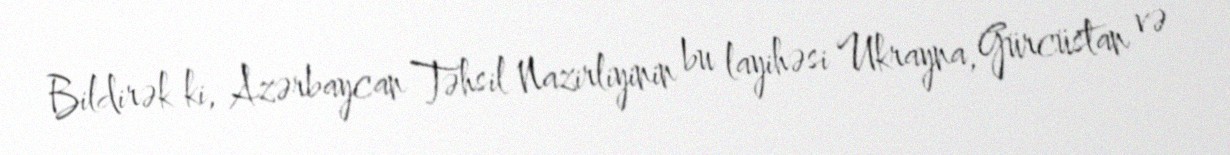
Bildirək ki, Azərbaycan Təhsil Nazirliyinin bu layihəsi Ukrayna, Gürcüstan və